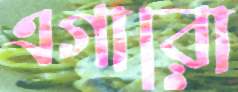
এগারো